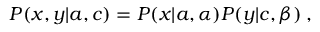
P ( x , y | { a } , { c } ) = P ( x | { a } , \alpha ) P ( y | { c } , \beta ) \; ,